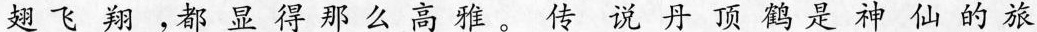
翅飞翔，都显得那么高雅。传说丹顶鹤是神仙的旅